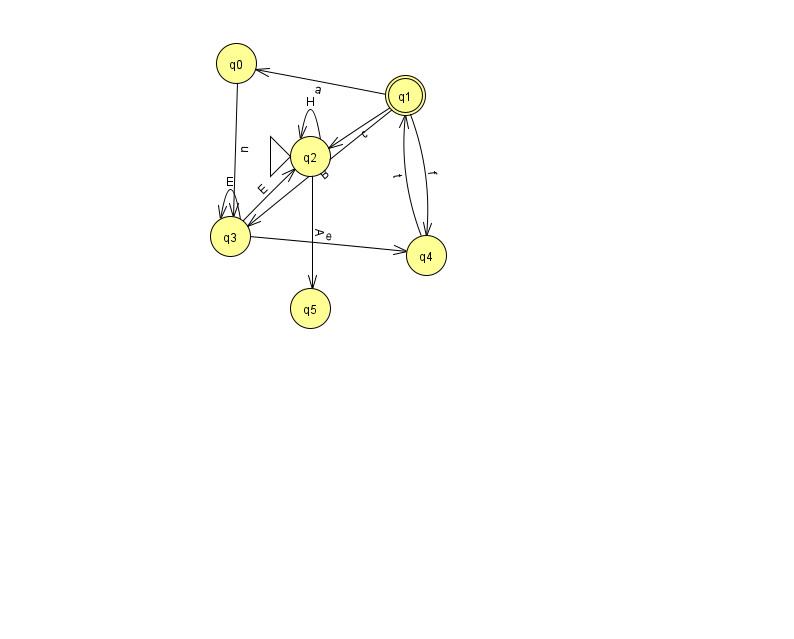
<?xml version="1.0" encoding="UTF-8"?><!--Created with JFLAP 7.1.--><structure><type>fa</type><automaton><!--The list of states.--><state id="0" name="q0"><x>236.0</x><y>50.0</y></state><state id="1" name="q1"><x>405.0</x><y>82.0</y><final/></state><state id="2" name="q2"><x>310.0</x><y>143.0</y><initial/></state><state id="3" name="q3"><x>230.0</x><y>223.0</y></state><state id="4" name="q4"><x>426.0</x><y>242.0</y></state><state id="5" name="q5"><x>310.0</x><y>295.0</y></state><!--The list of transitions.--><transition><from>1</from><to>0</to><read>a</read></transition><transition><from>3</from><to>2</to><read>E</read></transition><transition><from>3</from><to>3</to><read>E</read></transition><transition><from>1</from><to>2</to><read>c</read></transition><transition><from>1</from><to>3</to><read>B</read></transition><transition><from>2</from><to>2</to><read>H</read></transition><transition><from>4</from><to>1</to><read>t</read></transition><transition><from>0</from><to>3</to><read>n</read></transition><transition><from>1</from><to>4</to><read>f</read></transition><transition><from>3</from><to>4</to><read>e</read></transition><transition><from>2</from><to>5</to><read>A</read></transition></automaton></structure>